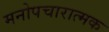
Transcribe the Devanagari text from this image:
मनोपचारात्मक